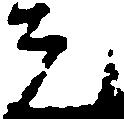
元